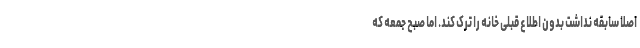
اصلاً سابقه نداشت بدون اطلاع قبلی خانه را ترک کند. اما صبح جمعه که